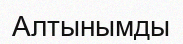
Алтынымды